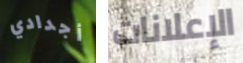
أجدادي الإعلانات